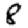
Digit: 8